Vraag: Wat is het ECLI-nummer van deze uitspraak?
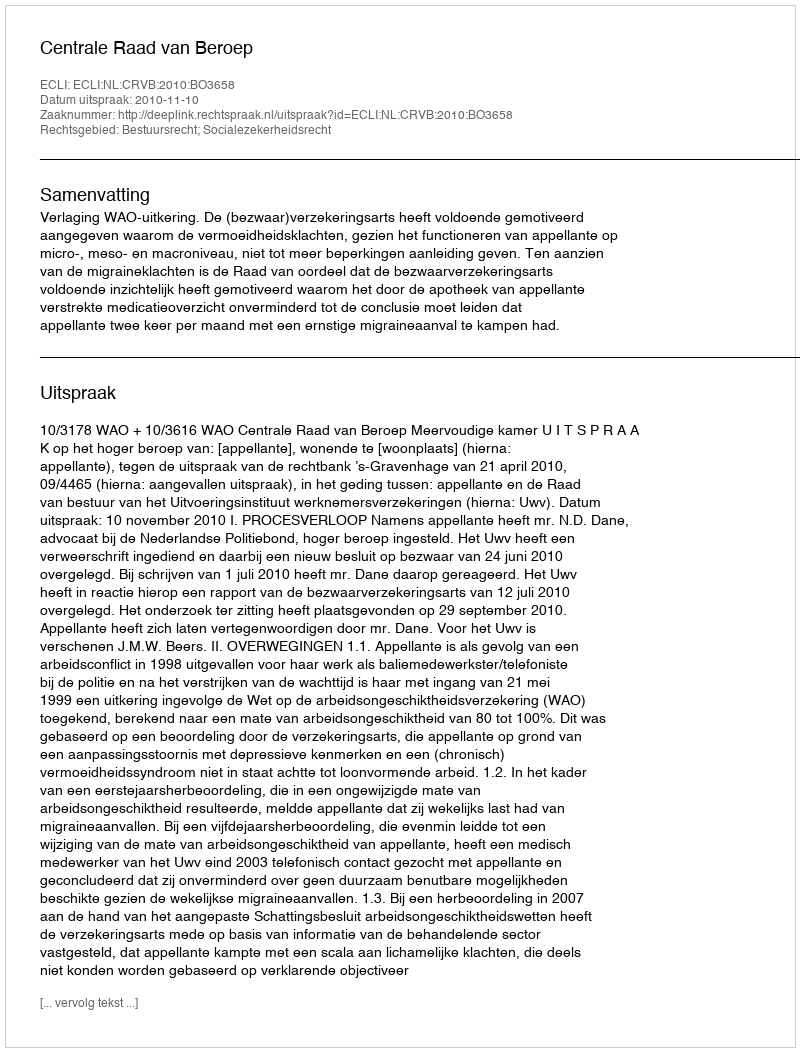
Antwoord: ECLI:NL:CRVB:2010:BO3658